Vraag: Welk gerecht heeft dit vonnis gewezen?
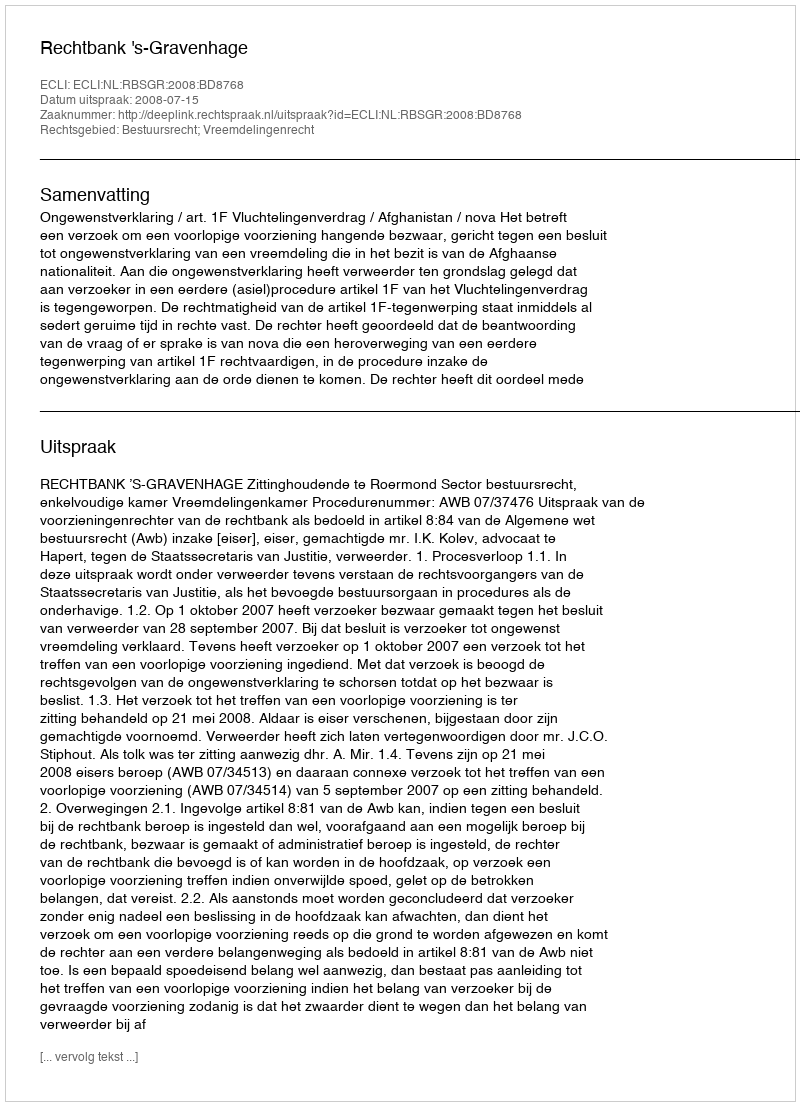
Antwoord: Rechtbank 's-Gravenhage